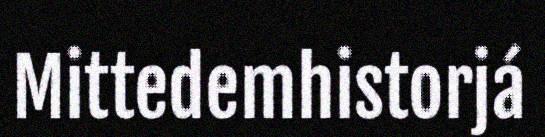
Mittedemhistorjá